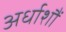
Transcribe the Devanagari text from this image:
अर्धाशौं